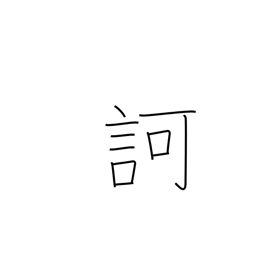
Meaning: scold